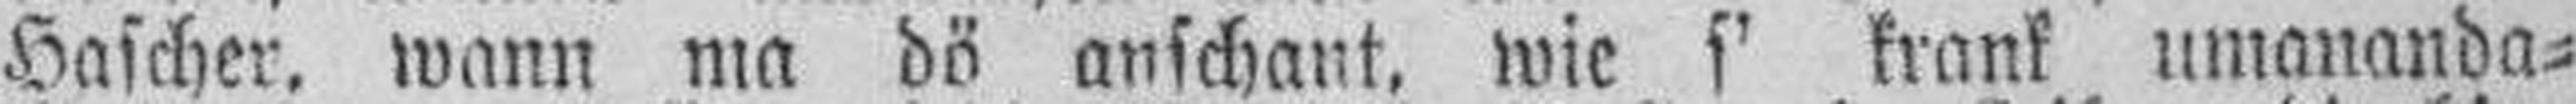
Hascher, wann ma dö anschant, wie s' krank umananda¬